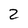
Character: 2